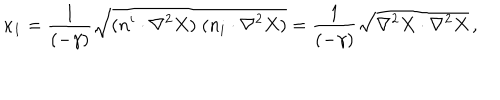
\kappa _ { 1 } = { \frac { 1 } { ( - \gamma ) } } \sqrt { ( n ^ { i } \cdot \nabla ^ { 2 } X ) \; ( n _ { i } \cdot \nabla ^ { 2 } X ) } = { \frac { 1 } { ( - \gamma ) } } \sqrt { \nabla ^ { 2 } X \cdot \nabla ^ { 2 } X } \, ,